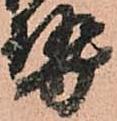
勢